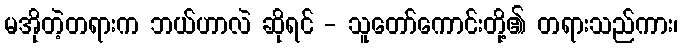
မအိုတဲ့တရားက ဘယ်ဟာလဲ ဆိုရင် - သူတော်ကောင်းတို့၏ တရားသည်ကား၊